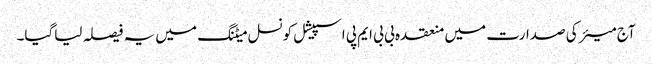
آج میئر کی صدارت میں منعقدہ بی بی ایم پی اسپیشل کونسل میٹنگ میں یہ فیصلہ لیاگیا۔